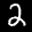
Digit: 2